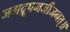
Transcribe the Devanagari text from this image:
जगद्रूपमजीजनत्॥